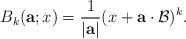
LaTeX: \begin{align*}B_{k}(\mathbf{a};x) = \frac{1}{|\mathbf{a}|} ( x + \mathbf{a} \cdot \mathcal{B} )^{k}.\end{align*}